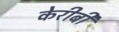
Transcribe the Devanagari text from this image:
केरीबी